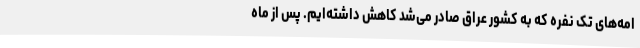
امه‌های تک نفره که به کشور عراق صادر می‌شد کاهش داشته‌ایم. پس از ماه